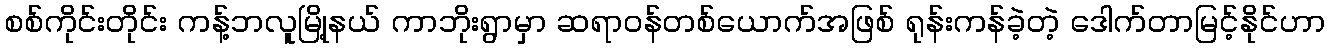
စစ်ကိုင်းတိုင်း ကန့်ဘလူမြို့နယ် ကာဘိုးရွာမှာ ဆရာဝန်တစ်ယောက်အဖြစ် ရုန်းကန်ခဲ့တဲ့ ဒေါက်တာမြင့်နိုင်ဟာ